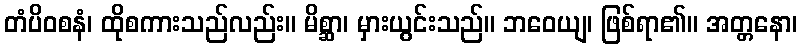
တံပိဝစနံ၊ ထိုစကားသည်လည်း။ မိစ္ဆာ၊ မှားယွင်းသည်။ ဘဝေယျ၊ ဖြစ်ရာ၏။ အတ္တနော၊